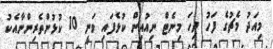
މިއަދު މެޗުގެ ފަހު ދިހަ މިނެޓް ނިއުއިން ކުޅެފައި ވަނީ 10 ކުޅުންތެރިންނާއެކު